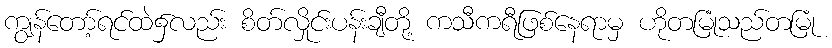
ကျွန်တော့်ရင်ထဲ၌လည်း စိတ်လှိုင်းပန်းချီတို့ ကသီကရီဖြစ်နေရာမှ ဟိုတမြုံသည်တမြုံ